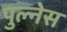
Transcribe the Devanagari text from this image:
पुल्नेस